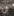
أن